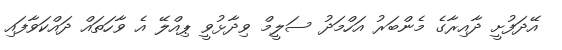
އޭދަފުށީ ދާއިރާގެ މެންބަރު އަހްމަދު ސަލީމް ވިދާޅުވީ ޕިއްލޭ އެ ވާހަތައް ދައްކަވާފައި